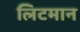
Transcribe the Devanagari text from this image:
लिटमान